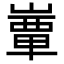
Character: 𡼒